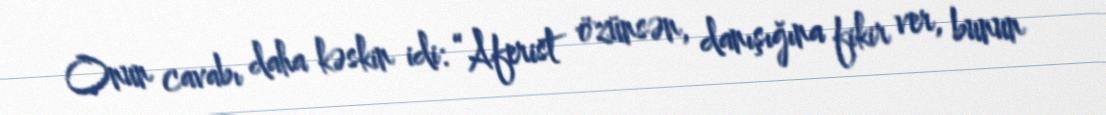
Onun cavabı daha kəskin idi: “Aferist özünsən, danışığına fikir ver, bunun